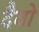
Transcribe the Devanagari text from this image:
दैवो